Scottish Leaving Certificate Examination, 1957
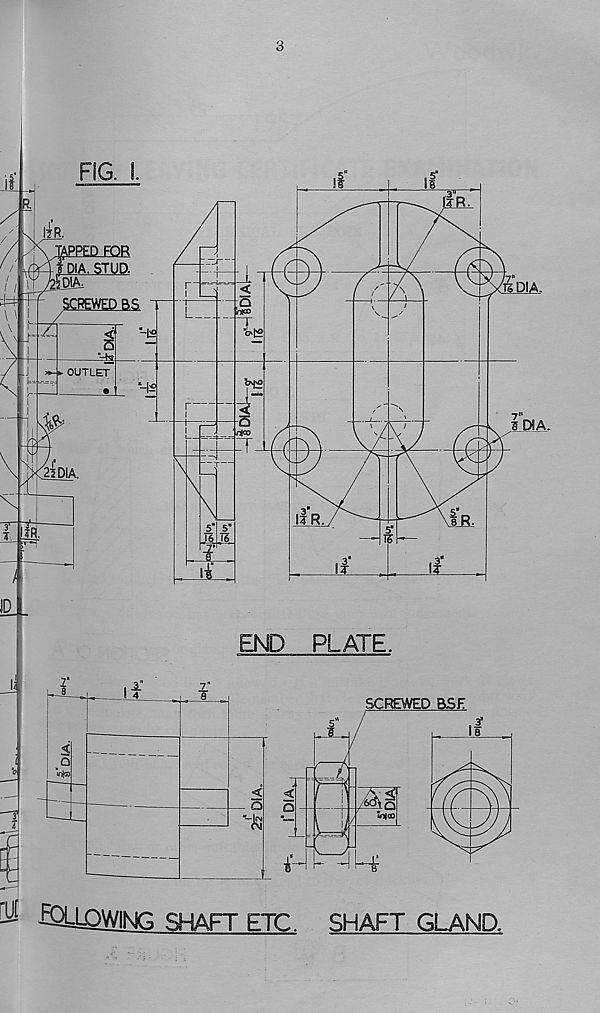
\&Aj±mkL_L_l
3
ESUfiWING SHAFT ETC
SHAFT GLAND.
\a*^